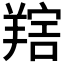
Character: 𦎩